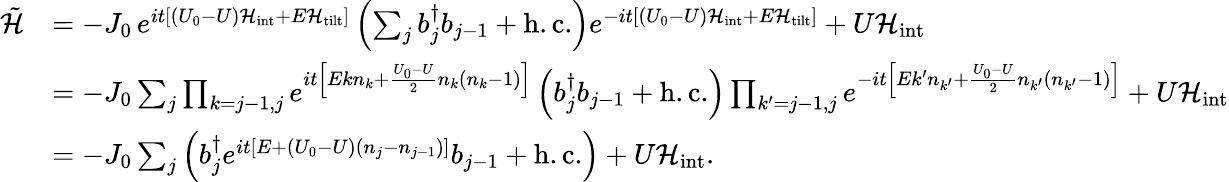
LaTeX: \begin{array}{rl}{\tilde{\mathcal{H}}}&{=-J_{0}\, e^{it\left[(U_{0}-U){\mathcal{H}}_{\textrm{int}}+E{\mathcal{H}}_{\textrm{tilt}}\right]}\left(\sum_{j}{b}_{j}^{\dagger}{b}_{j-1}+\mathrm{h.c.}\right)e^{-it\left[(U_{0}-U){\mathcal{H}}_{\textrm{int}}+E{\mathcal{H}}_{\textrm{tilt}}\right]}+U{\mathcal{H}}_{\textrm{int}}}\\ &{=-J_{0}\sum_{j}\prod_{k=j-1,j}e^{it\left[Ek{n}_{k}+\frac{U_{0}-U}{2}{n}_{k}({n}_{k}-1)\right]}\left({b}_{j}^{\dagger}{b}_{j-1}+\mathrm{h.c.}\right)\prod_{k^{\prime}=j-1,j}e^{-it\left[Ek^{\prime}{n}_{k^{\prime}}+\frac{U_{0}-U}{2}{n}_{k^{\prime}}({n}_{k^{\prime}}-1)\right]}+U{\mathcal{H}}_{\textrm{int}}}\\ &{=-J_{0}\sum_{j}\left({b}_{j}^{\dagger}e^{it\left[E+(U_{0}-U)({n}_{j}-{n}_{j-1})\right]}{b}_{j-1}+\mathrm{h.c.}\right)+U{\mathcal{H}}_{\textrm{int}}.}\end{array}